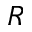
R